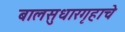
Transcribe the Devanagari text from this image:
बालसुधारगृहाचे